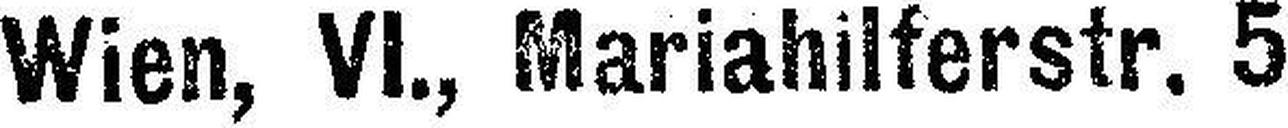
Wien, VI., Mariahilferstr. 5